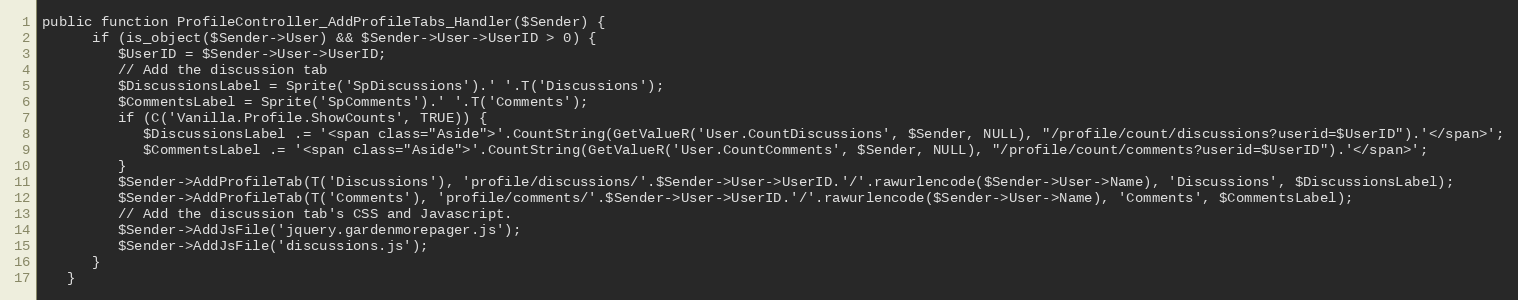
Language: PHP
public function ProfileController_AddProfileTabs_Handler($Sender) {
      if (is_object($Sender->User) && $Sender->User->UserID > 0) {
         $UserID = $Sender->User->UserID;
         // Add the discussion tab
         $DiscussionsLabel = Sprite('SpDiscussions').' '.T('Discussions');
         $CommentsLabel = Sprite('SpComments').' '.T('Comments');
         if (C('Vanilla.Profile.ShowCounts', TRUE)) {
            $DiscussionsLabel .= '<span class="Aside">'.CountString(GetValueR('User.CountDiscussions', $Sender, NULL), "/profile/count/discussions?userid=$UserID").'</span>';
            $CommentsLabel .= '<span class="Aside">'.CountString(GetValueR('User.CountComments', $Sender, NULL), "/profile/count/comments?userid=$UserID").'</span>';
         }
         $Sender->AddProfileTab(T('Discussions'), 'profile/discussions/'.$Sender->User->UserID.'/'.rawurlencode($Sender->User->Name), 'Discussions', $DiscussionsLabel);
         $Sender->AddProfileTab(T('Comments'), 'profile/comments/'.$Sender->User->UserID.'/'.rawurlencode($Sender->User->Name), 'Comments', $CommentsLabel);
         // Add the discussion tab's CSS and Javascript.
         $Sender->AddJsFile('jquery.gardenmorepager.js');
         $Sender->AddJsFile('discussions.js');
      }
   }